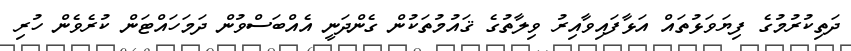
ދަތިކުރުމުގެ ފިޔަވަޅުތައް އަޅާފައިވާއިރު ވިލާތުގެ ޤައުމުތަކުން ގެންދަނީ އެއްބަސްވުން ދަމަހައްޓަން ކުރެވެން ހުރި